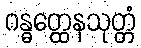
ဂန္ဓတ္ထေနသုတ္တံ